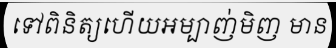
ទៅពិនិត្យហើយអម្បាញ់មិញ មាន